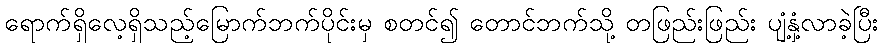
ရောက်ရှိလေ့ရှိသည့်မြောက်ဘက်ပိုင်းမှ စတင်၍ တောင်ဘက်သို့ တဖြည်းဖြည်း ပျံ့နှံ့လာခဲ့ပြီး